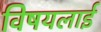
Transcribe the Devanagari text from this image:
विषयलाई